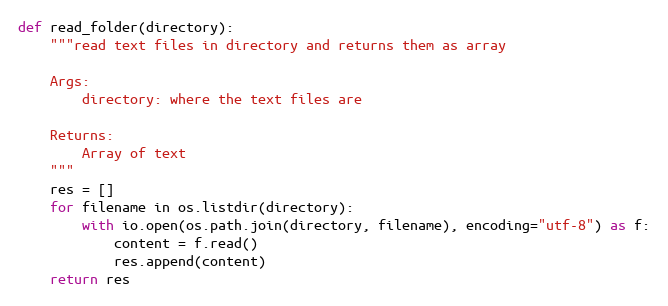
Language: Python
def read_folder(directory):
    """read text files in directory and returns them as array

    Args:
        directory: where the text files are

    Returns:
        Array of text
    """
    res = []
    for filename in os.listdir(directory):
        with io.open(os.path.join(directory, filename), encoding="utf-8") as f:
            content = f.read()
            res.append(content)
    return res